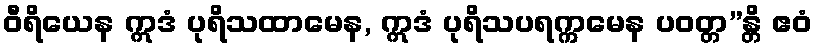
ဝီရိယေန ဣဒံ ပုရိသထာမေန, ဣဒံ ပုရိသပရက္ကမေန ပဝတ္တ”န္တိ ဧဝံ